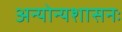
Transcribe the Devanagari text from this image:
अन्योन्यशासनः